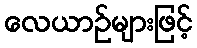
လေယာဉ်များဖြင့်